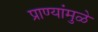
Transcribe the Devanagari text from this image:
प्राण्यांमुळे